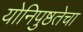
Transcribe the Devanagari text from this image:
योनिपुष्ठतेचा